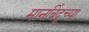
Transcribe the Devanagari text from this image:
मानबिंदूच्या